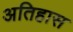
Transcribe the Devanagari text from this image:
अतिहास